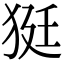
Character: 㹶